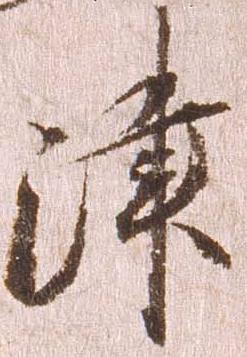
津